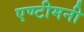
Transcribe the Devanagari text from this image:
एण्टीमनी